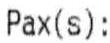
PAX(S):